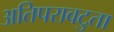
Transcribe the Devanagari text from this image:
अतिपरावटुता